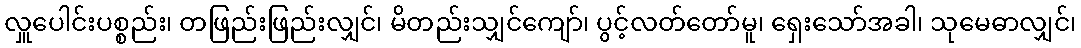
လှူပေါင်းပစ္စည်း၊ တဖြည်းဖြည်းလျှင်၊ မိတည်းသျှင်ကျော်၊ ပွင့်လတ်တော်မူ၊ ရှေးသော်အခါ၊ သုမေဓာလျှင်၊